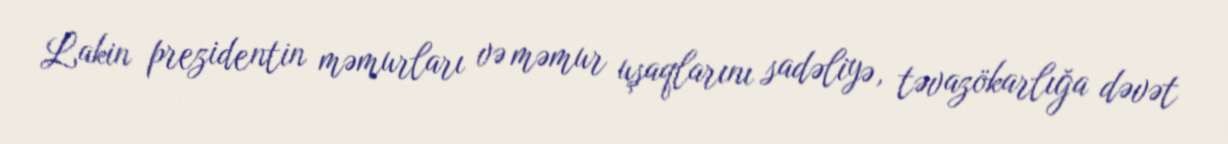
Lakin prezidentin məmurları və məmur uşaqlarını sadəliyə, təvazökarlığa dəvət